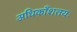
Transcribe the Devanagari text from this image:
अधिकाँशतयः